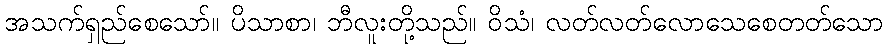
အသက်ရှည်စေသော်။ ပိသာစာ၊ ဘီလူးတို့သည်။ ဝိသံ၊ လတ်လတ်လောသေစေတတ်သော